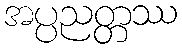
အပ္ပညတ္တဿ